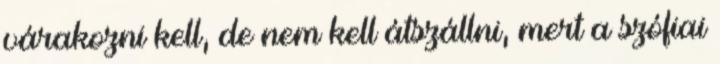
várakozni kell, de nem kell átszállni, mert a szófiai